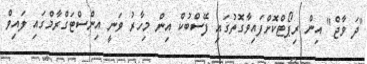
"ދަ ވާޖް" އިން ރިޕޯޓްކޮށްފައިވާގޮތުގައި ފޭސްބުކް އިން މިހާރު ވަނީ އިންސްޓަގްރާމްގައި ލައިވް